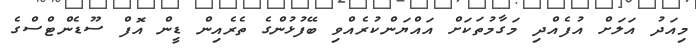
މިއަދު އަލަށް އުފެއްދި މަގާމުތަކަށް އައްޔަންކުރެއްވި ބޭފުޅުންގެ ތެރެއިން ޑީން އޮފް ސޫޑެންޓްސްގެ